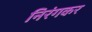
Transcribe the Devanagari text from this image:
निरंगकर